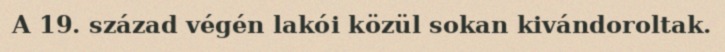
A 19. század végén lakói közül sokan kivándoroltak.